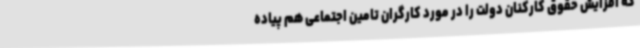
که افزایش حقوق کارکنان دولت را در مورد کارگران تامین اجتماعی هم پیاده